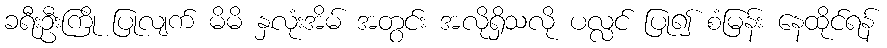
ခရီးဦးကြို ပြုလျက် မိမိ နှလုံးအိမ် အတွင်း အလိုရှိသလို ပလ္လင် ပြု၍ စံမြန်း နေထိုင်ရန်